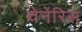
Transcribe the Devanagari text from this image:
वेनेरिस